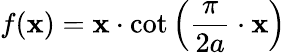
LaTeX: f(\mathbf{x})=\mathbf{x}\cdot\cot\left({\frac{{\pi}}{{2a}}}\cdot\mathbf{x}\right)